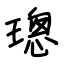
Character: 璁